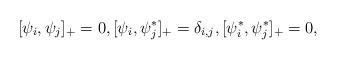
LaTeX: \begin{align*} [ \psi_i, \psi_j ]_+ = 0, [ \psi_i, \psi_j^\ast ]_+ = \delta_{i,j}, [\psi_i^\ast, \psi_j^\ast]_+ = 0, \end{align*}